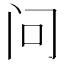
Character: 问